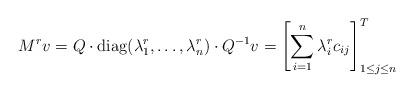
LaTeX: \begin{align*}M^rv = Q\cdot {\rm{diag}}(\lambda_1^r, \dots, \lambda_n^r)\cdot Q^{-1} v = \left[\sum_{i=1}^n \lambda_i^rc_{ij}\right]_{1 \leq j \leq n}^T\end{align*}